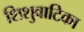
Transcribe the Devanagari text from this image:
शिशुवाटिका